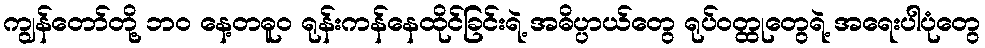
ကျွန်တော်တို့ ဘဝ နေ့တဓူဝ ရုန်းကန်နေထိုင်ခြင်းရဲ့ အဓိပ္ပာယ်တွေ ရုပ်ဝတ္ထုတွေရဲ့ အရေးပါပုံတွေ